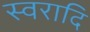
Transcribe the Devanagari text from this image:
स्वरादि